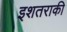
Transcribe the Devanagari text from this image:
इशतराकी